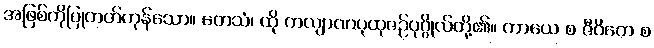
အဖြစ်ကိုပြုတတ်ကုန်သော။ တေသံ၊ ထို ကလျာဏပုထုဇဉ်ပုဂ္ဂိုလ်တို့၏။ ကာယေ စ ဇီဝိတေ စ